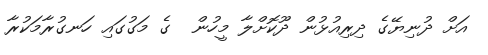
އަށް ދުނިޔޭގެ ދިރިއުޅުން ދޫކޮށްލާ މީހުން  ގެ މަގުގައި ހަނގުރާމަކުރާ